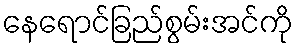
နေရောင်ခြည်စွမ်းအင်ကို